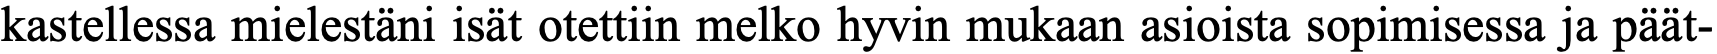
kastellessa mielestäni isät otettiin melko hyvin mukaan asioista sopimisessa ja päät-